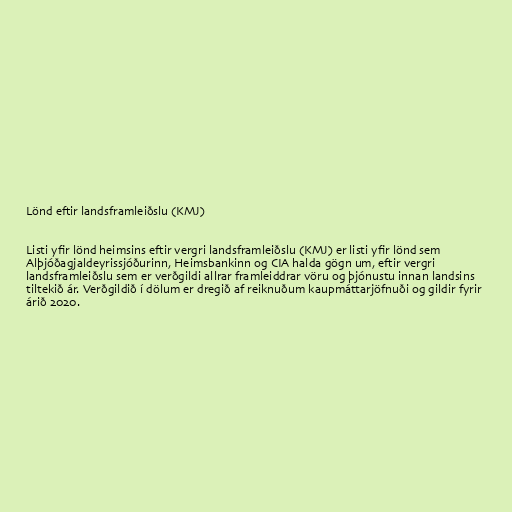
Lönd eftir landsframleiðslu (KMJ)

Listi yfir lönd heimsins eftir vergri landsframleiðslu (KMJ) er listi yfir lönd sem
Alþjóðagjaldeyrissjóðurinn, Heimsbankinn og CIA halda gögn um, eftir vergri
landsframleiðslu sem er verðgildi allrar framleiddrar vöru og þjónustu innan landsins
tiltekið ár. Verðgildið í dölum er dregið af reiknuðum kaupmáttarjöfnuði og gildir fyrir
árið 2020.